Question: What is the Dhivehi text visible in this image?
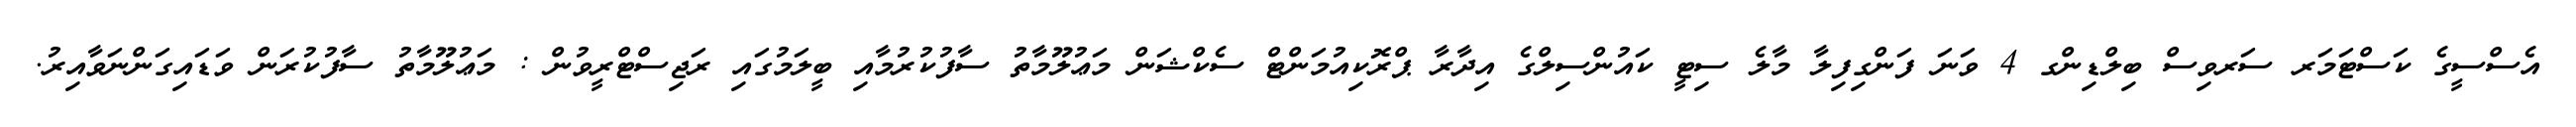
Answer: އެސްސީގެ ކަސްޓަމަރ ސަރވިސް ބިލްޑިންގ 4 ވަނަ ފަންގިފިލާ މާލެ ސިޓީ ކައުންސިލްގެ އިދާރާ ޕްރޮކިއުމަންޓް ސެކްޝަން މަޢުލޫމާތު ސާފުކުރުމާއި ބީލަމުގައި ރަޖިސްޓްރީވުން : މަޢުލޫމާތު ސާފުކުރަން ވަޑައިގަންނަވާއިރު.